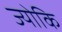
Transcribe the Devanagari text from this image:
ज्योकि